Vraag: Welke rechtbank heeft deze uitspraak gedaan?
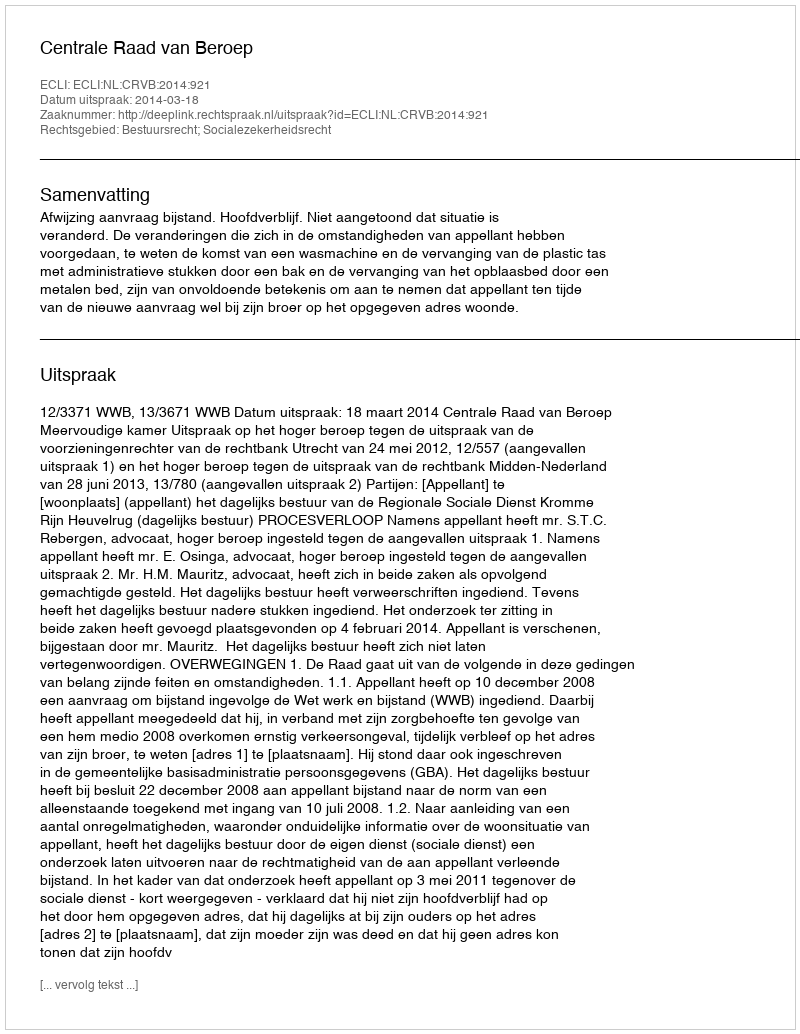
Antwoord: Centrale Raad van Beroep